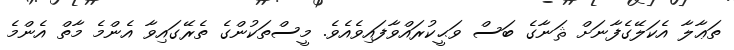
ތަޢާލާ އެކަލޭގެފާނަށް ޘަނާގެ ބަސް ވަޙީކުރައްވާފައިވެއެވެ. މީސްތަކުންގެ ތެރޭގައިވާ އެންމެ މާތް އެންމެ